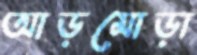
আড়মোড়া